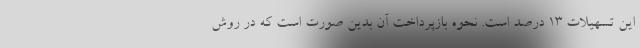
این تسهیلات ۱۳ درصد است. نحوه بازپرداخت آن بدین صورت است که در روش